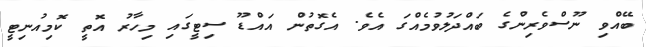
ބޭއްވި ނޫސްވެރިންގެ ބައްދަލުވުމެއްގަ އެވެ. އެގޮތުން އައްޑޫ ސިޓީގައި މިހާރު އޮތީ ކޮމިއުނިޓީ